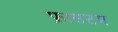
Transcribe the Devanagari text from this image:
फ्रासटम